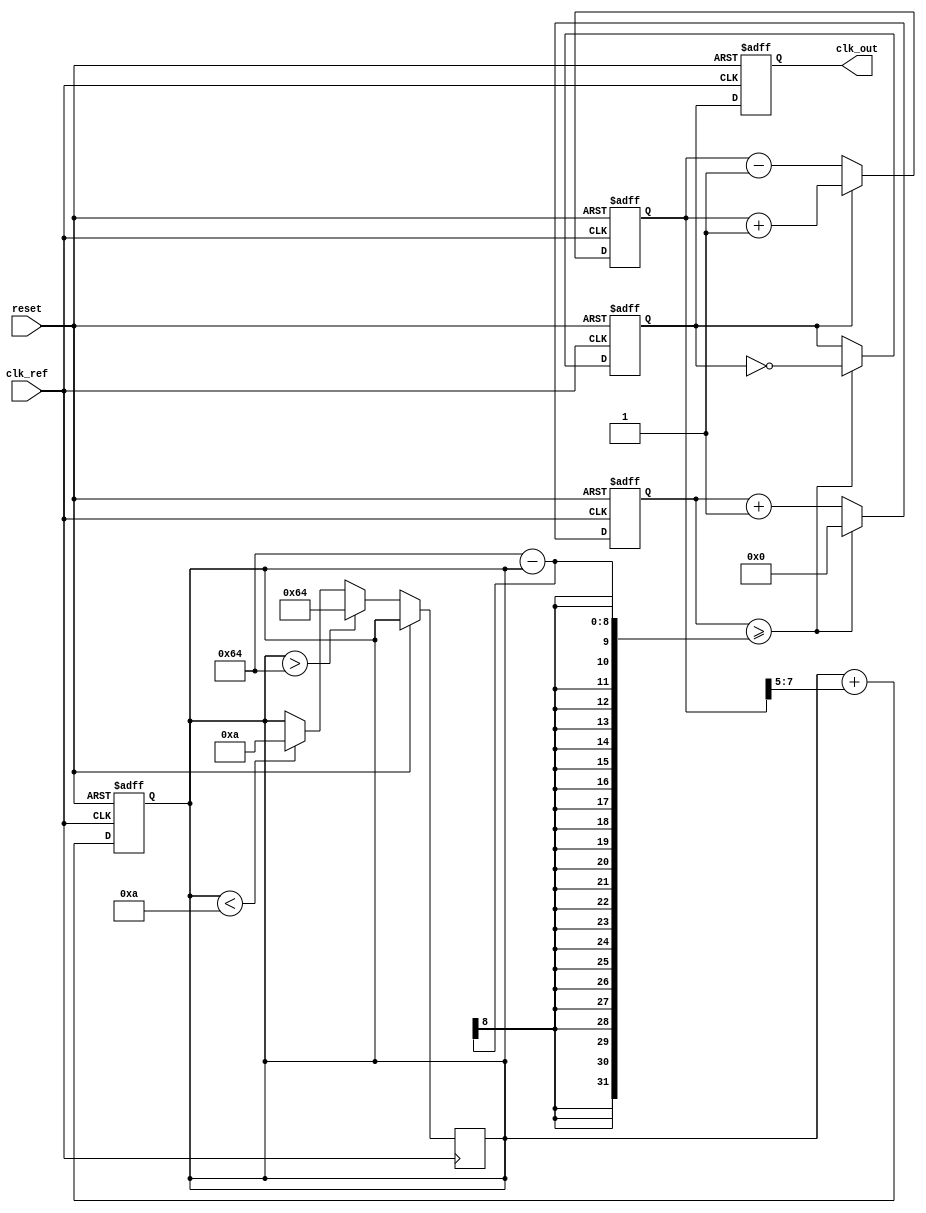
module type1_pll (
    input wire clk_ref,          // Reference clock input
    input wire reset,            // Reset signal
    output reg clk_out           // Output clock
);

// Parameters
parameter integer VCO_MAX_FREQ = 100; // Maximum VCO frequency
parameter integer VCO_MIN_FREQ = 10;   // Minimum VCO frequency
parameter integer LOOP_BANDWIDTH = 5;  // Loop bandwidth for control

// Internal signals
reg [7:0] phase_error;             // Phase error signal
reg [7:0] control_voltage;          // Control voltage for VCO
reg [31:0] vco_counter;             // VCO counter
reg clk_vco;                        // VCO output clock

// Phase Detector
always @(posedge clk_ref or posedge reset) begin
    if (reset) begin
        phase_error <= 0;
    end else begin
        // Simple phase detector logic
        if (clk_vco) begin
            phase_error <= phase_error + 1; // Output leading
        end else begin
            phase_error <= phase_error - 1; // Output lagging
        end
    end
end

// Low-Pass Filter
always @(posedge clk_ref or posedge reset) begin
    if (reset) begin
        control_voltage <= 0;
    end else begin
        // Simple low-pass filter (first-order)
        control_voltage <= control_voltage + (phase_error >> LOOP_BANDWIDTH);
    end
end

// Voltage-Controlled Oscillator (VCO)
always @(posedge clk_ref or posedge reset) begin
    if (reset) begin
        vco_counter <= 0;
        clk_vco <= 0;
    end else begin
        // Adjust VCO frequency based on control voltage
        if (control_voltage > VCO_MAX_FREQ) begin
            control_voltage <= VCO_MAX_FREQ;
        end else if (control_voltage < VCO_MIN_FREQ) begin
            control_voltage <= VCO_MIN_FREQ;
        end

        // VCO frequency control logic
        vco_counter <= vco_counter + 1;
        if (vco_counter >= (100 - control_voltage)) begin
            clk_vco <= ~clk_vco; // Toggle VCO output clock
            vco_counter <= 0;
        end
    end
end

// Feedback mechanism
always @(posedge clk_ref or posedge reset) begin
    if (reset) begin
        clk_out <= 0;
    end else begin
        clk_out <= clk_vco; // Output the VCO clock
    end
end

endmodule